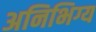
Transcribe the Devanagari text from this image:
अनिभिग्य